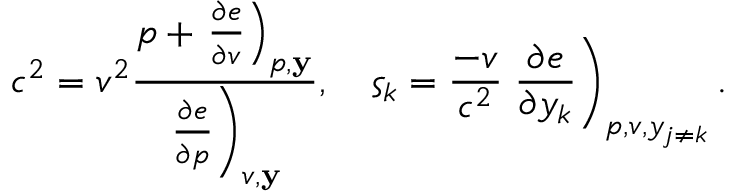
c ^ { 2 } = v ^ { 2 } \frac { p + \left. \frac { \partial e } { \partial v } \right) _ { p , \mathbf { y } } } { \left. \frac { \partial e } { \partial p } \right) _ { v , \mathbf { y } } } , \quad \varsigma _ { k } = \frac { - v } { c ^ { 2 } } \left. \frac { \partial e } { \partial y _ { k } } \right) _ { p , v , y _ { j \neq k } } .